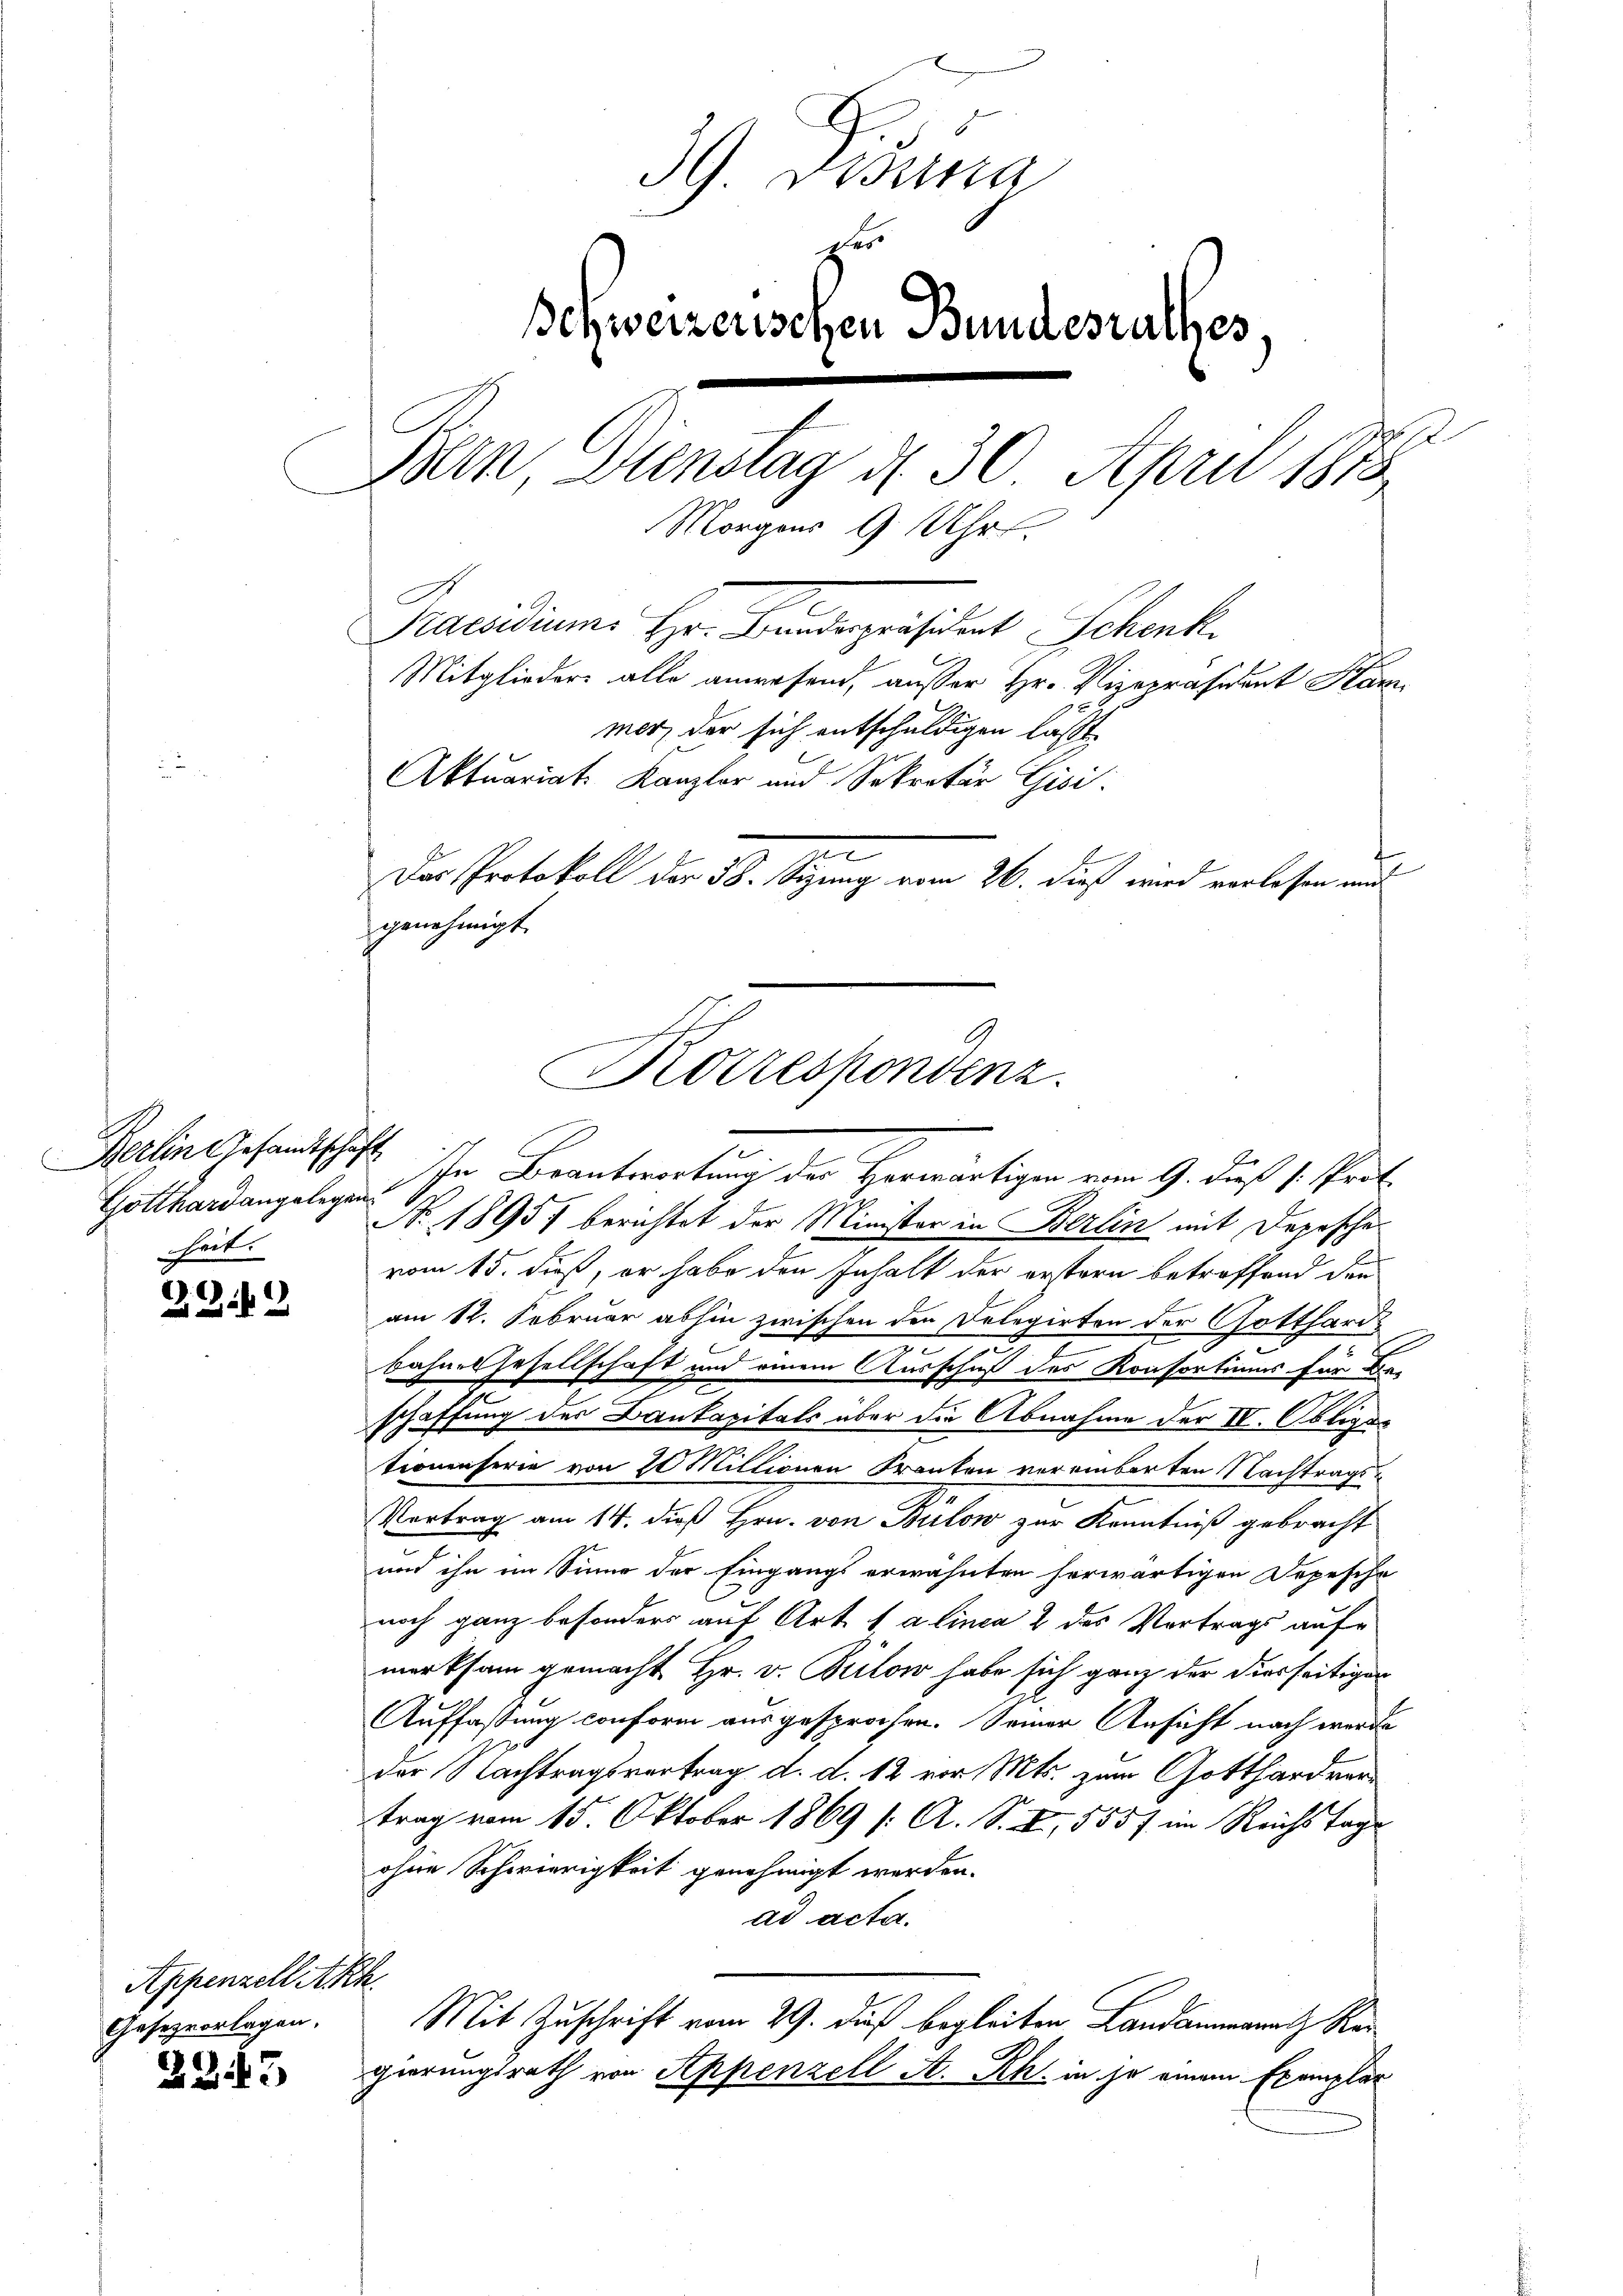
Berlin Gesandtschäft
Gotthard angelegen
heit.

ZG.2

Appenzell Akh.
Gesezvorlagen,

Z23

39. Disung
es
Schweizerischen Bundesrathes,
.
Bein Dienstag d. 30. April 1875
Morgens 9 Uhr.
Paesidiums Hr. Bundespräsident Schenk
Mitglieder alle anwesend, ausser Hr. Vizepräsident Stan
mer, der sich entschuldigen lässt
Aktuariat Kanzler und Sekretär Gisi
Das Protokoll der 38. Sitzung vom 26. dieß wird verlesen und
genehmigt.

Korrespondenz.
Ihr Beantwortung der Herwärtigen vom 9. daß s. Prot

No. 1895 berichtet der Minister in Berlin mit Depesche
vom 15. dieß, er habe den Inhalt der erstern betroffend den
am 12. Februar abhin zwischen den Delegirten der Gottharde
s
bahnes Gesellschaft und einem Ausschuß des Konsortiums für Beschaffung der Baukapitals über die Abnahme der IV. Obliges
tionenserie von 10 Miltionen Tranten vereinbarten Nachtrags¬
Vortrag am 14. dieß Hrn. von Bülow zur Kenntniß gebracht
und ihn im Sinne der Eingangs erwähnten herwärtigen Depesche
noch ganz besonders auf Art. 1 a linea 2 des Vortrags aufe
merksam gemacht Hr. v. Bilow habe sich ganz der diesseitigen
Auffassung conform ausgesprochen. Seiner Ansicht nach werde
der Nachtragsvertrag d. d. 12 vor Mts. zum Gotthardvertrag vom 15. Oktober 1869 /: A. S. I, 555/ im Reichstage
ohne Schwierigkeit genehmigt werden.
ad acta.
Mit Zuschrift vom 29. dieß begleiten Landammanath Reigierungsrath von Appenzell A. Rh. in so einem Exemplar